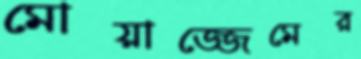
মোয়াজ্জেমের